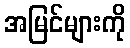
အမြင်များကို